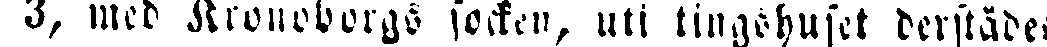
3, med Kronoborgs socken, uti tingshuset derstädes